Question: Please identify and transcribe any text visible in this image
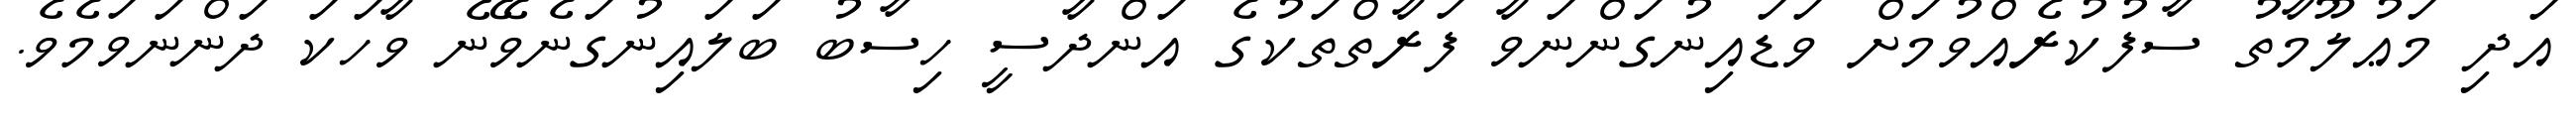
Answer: އަދި މަޢުލޫމާތު ސާފުކުރެއްވުމަށް ވަޑައިނުގަންނަވާ ފަރާތްތަކުގެ އަންދާސީ ހިސާބު ބަލައިނުގަނެވޭނެ ވާހަކަ ދަންނަވަމެވެ.